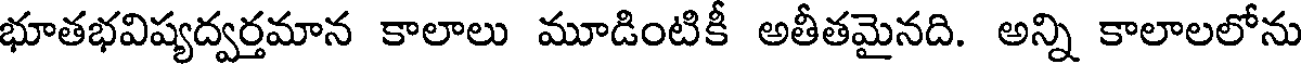
భూతభవిష్యద్వర్తమాన కాలాలు మూడింటికీ అతీతమైనది. అన్ని కాలాలలోను